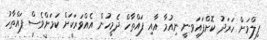
ފިލްމަށް ހަރަދު ކޮށްފައިަވނީ ނިއުމާ އާއި ފައްތާހް ދެމީހުން އެއްވަރަކަށް ކަމަށްވެސް ފައްތާހު